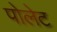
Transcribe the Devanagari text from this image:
पोलेट